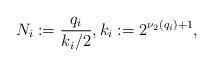
LaTeX: \begin{align*} N_i := \frac{q_i}{k_i/2},k_i := 2^{\nu_2(q_i) + 1},\end{align*}